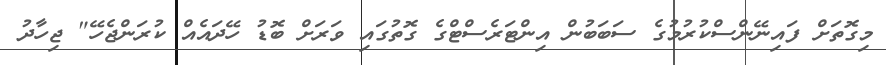
މިގޮތަށް ފައިނޭންސްކުރުމުގެ ސަބަބުން އިންޓަރެސްޓްގެ ގޮތުގައި ވަރަށް ބޮޑު ހޭދައެއް ކުރަންޖެހޭ" ޖިހާދު